Papers set at the Examination for Leaving Certificates, 1895
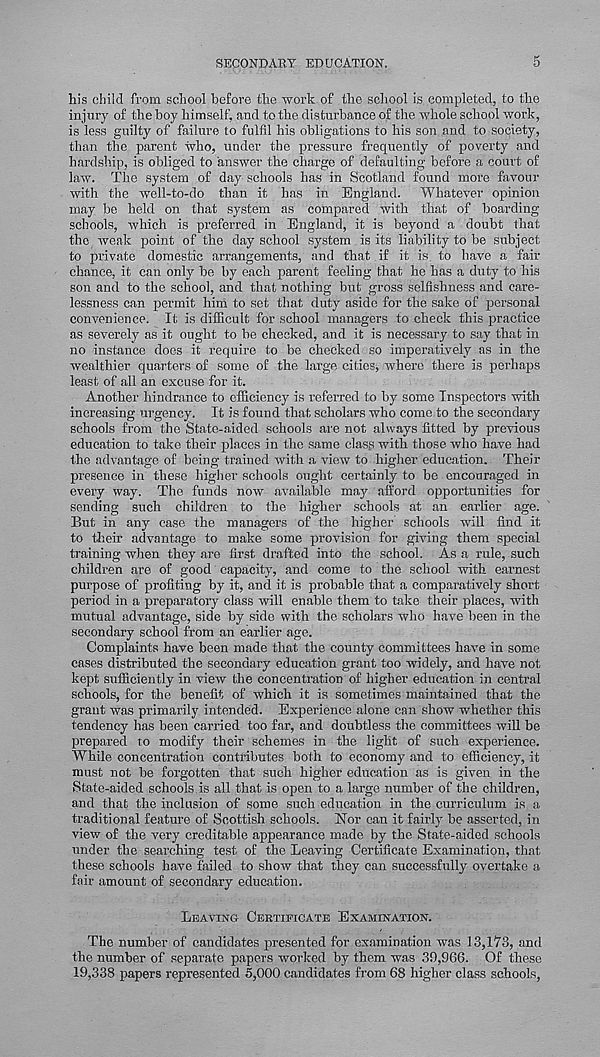
SECONDARY EDUCATION.
5
his child from school before the work of the school is completed, to the
injury of the boy himself, and to the disturbance of the whole school work,
is less guilty of failure to fulfil his obligations to his son and to society,
than the parent who, under the pressure frequently of poverty and
hardship, is obliged to answer the charge of defaulting before a court of
law. The system of day schools has in Scotland found more favour
with the well-to-do than it has in England. Whatever opinion
may be held on that system as compared with that of boarding
schools, which is preferred in England, it is beyond a doubt that
the weak point of the day school system is its liability to be subject
to private domestic arrangements, and that if it is. to have a fair
chance, it can only be by each parent feeling that he has a duty to his
son and to the school, and that nothing but gross selfishness and care-
lessness can permit him to set that duty aside for the sake of personal
convenience. It is difficult for school managers to check this practice
as severely as it ought to be cheeked, and it is necessary to say that in
no instance does it require to be checked so imperatively as in the
wealthier quarters of some of the large cities, where there is perhaps
least of all an excuse for it.
Another hindrance to efficiency is referred to by some Inspectors with
increasing urgency. It is found that scholars who come to the secondary
schools from the State-aided schools are not always fitted by previous
education to take their places in the same clasg with those who have had
the advantage of being trained with a view to higher education. Their
presence in these higher schools ought certainly to be encouraged in
every way. The funds now available maj'- afford opportunities for
sending such children to the higher schools at an earlier age.
But in any case the managers of the higher schools will find it
to their advantage to make some provision for giving them special
training when they are first drafted into the school. As a rule, such
children are of good capacity, and come to the school with earnest
purpose of profiting by it, and it is probable that a comparatively short
period in a preparatory class will enable them to take their places, with
mutual advantage, side by side with the scholars who have been in the
secondary school from an earlier age.
Complaints have been made that the county committees have in some
cases distributed the secondary education grant too widely, and have not
kept sufficiently in view the concentration of higher education in central
schools, for the benefit of which it is sometimes maintained that the
grant was primarily intended. Experience alone can show whether this
tendency has been carried too far, and doubtless the committees will be
prepared to modify their schemes in the light of such experience.
While concentration contributes both to economy and to efficiency, it
mast not be forgotten that such higher education as is given in the
State-aided schools.is all that is open to a large number of the children,
and that the inclusion of some such education in the curriculum is a
traditional feature of Scottish schools. Nor can it fairly be asserted, in
view of tbe very creditable appearance made by the State-aided schools
under the searching test of the Leaving Certificate Examination, that
these schools have failed to show that they can successfully overtake a
fair amount of secondary education.
LEAVING CEETIPICATE EXAMINATION.
The number of candidates presented for examination was 13,173, ami
the number of separate papers worked by them was 30,966. Of these
19,338 papers represented 5,000 candidates from 68 higher class schools,